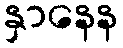
နှာနေန